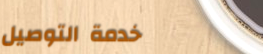
خدمة التوصيل